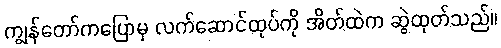
ကျွန်တော်ကပြောမှ လက်ဆောင်ထုပ်ကို အိတ်ထဲက ဆွဲထုတ်သည်။